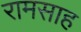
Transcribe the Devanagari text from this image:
रामसाह